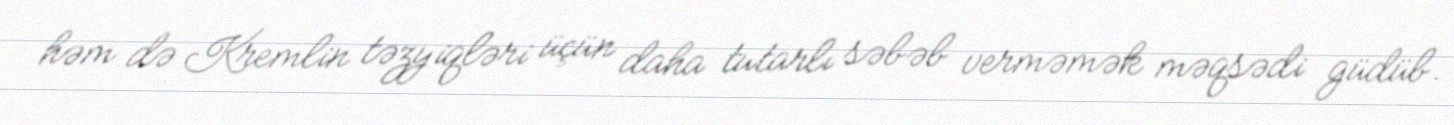
həm də Kremlin təzyiqləri üçün daha tutarlı səbəb verməmək məqsədi güdüb.